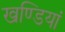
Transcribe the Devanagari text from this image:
खण्डियां